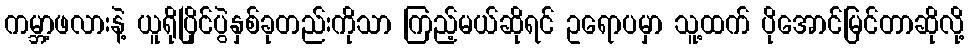
ကမ္ဘာ့ဖလားနဲ့ ယူရိုပြိုင်ပွဲနှစ်ခုတည်းကိုသာ ကြည့်မယ်ဆိုရင် ဥရောပမှာ သူ့ထက် ပိုအောင်မြင်တာဆိုလို့